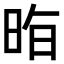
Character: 𭥷